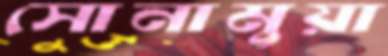
সোনামুয়া